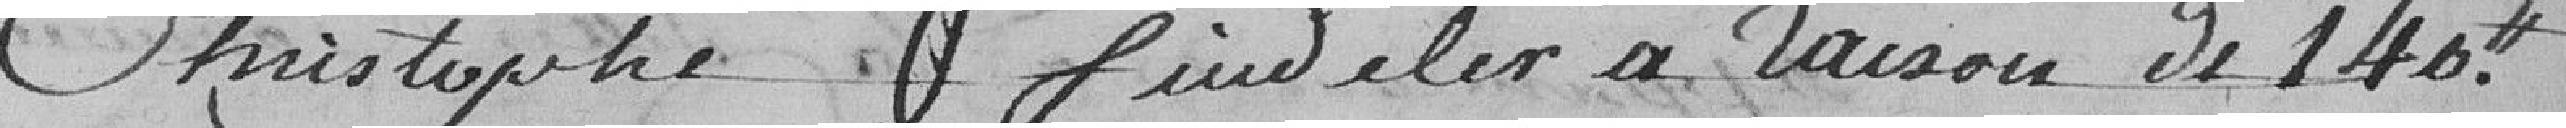
Christophe findeler à raison de 140.